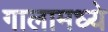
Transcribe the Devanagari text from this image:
गालामध्ये